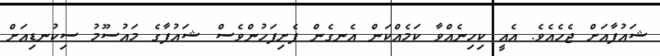
ޝައުފާއަށް ޖެހެއެވެ. އެއީ ކިހިނެއްވާ ކަމެއްކަން އެނގެން ފެށިފަހުންވެސް ޝައުފާގެ މައުސޫމު ސިކުނޑިއަށް